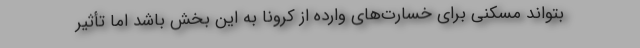
بتواند مسکنی برای خسارت‌های وارده از کرونا به این بخش باشد اما تأثیر